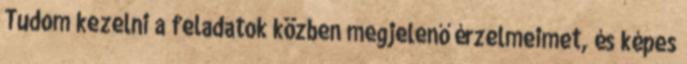
Tudom kezelni a feladatok közben megjelenő érzelmeimet, és képes